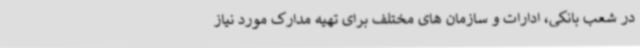
در شعب بانکی، ادارات و سازمان های مختلف برای تهیه مدارک مورد نیاز